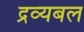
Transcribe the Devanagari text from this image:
द्रव्यबल